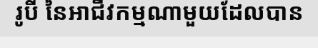
រូបី នៃអាជីវកម្មណាមួយដែលបាន